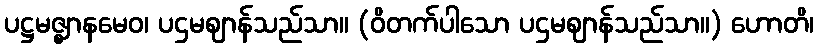
ပဋ္ဌမဇ္ဈာနမေဝ၊ ပဌမဈာန်သည်သာ။ (ဝိတက်ပါသော ပဌမဈာန်သည်သာ။) ဟောတိ၊